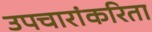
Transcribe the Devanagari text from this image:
उपचारांकरिता